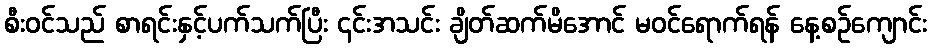
စီး၀င်သည် စာရင်းနှင့်ပက်သက်ပြီး ၎င်းအသင်း ချိတ်ဆက်မိအောင် မဝင်ရောက်ရန် နေ့စဉ်ကျောင်း